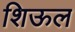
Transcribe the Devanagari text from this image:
शिऊल